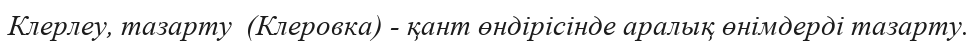
Клерлеу, тазарту  (Клеровка) - қант өндірісінде аралық өнімдерді тазарту.